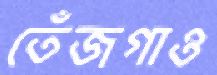
তেঁজগাও